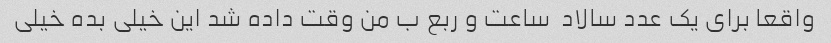
واقعا برای یک عدد سالاد  ساعت و ربع ب من وقت داده شد این خیلی بده خیلی